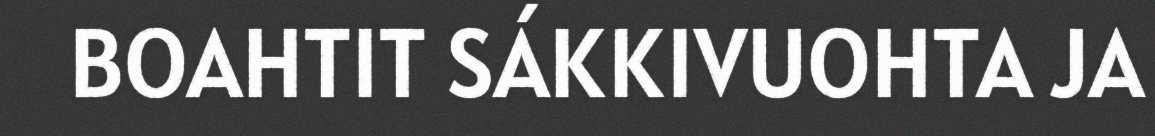
BOAHTIT SÁKKIVUOHTA JA